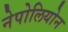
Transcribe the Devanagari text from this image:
नेपोलियोन